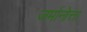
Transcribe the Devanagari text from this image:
जर्मानोत्ता